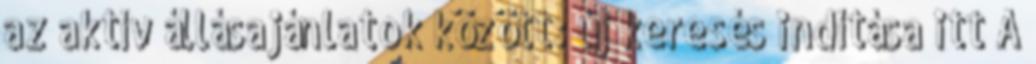
az aktív állásajánlatok között: új keresés indítása itt A